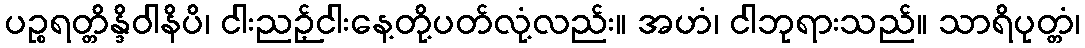
ပဉ္စရတ္တိန္ဒိဝါနိပိ၊ ငါးညဉ့်ငါးနေ့တို့ပတ်လုံ့လည်း။ အဟံ၊ ငါဘုရားသည်။ သာရိပုတ္တံ၊